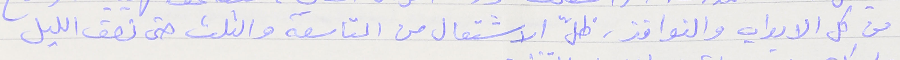
من كل الابواب والنوافذ، ظلّ الاشتعال من التاسعة والثلث حتى نصف الليل